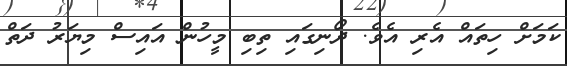
ކަމަށް ހިތައް އެރި އެވެ. ދޯނިގައި ތިބި މީހުން އައިސް މިޔަރު ދަތް